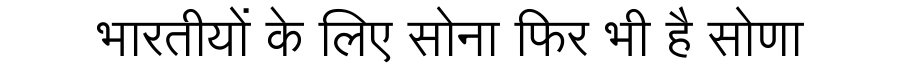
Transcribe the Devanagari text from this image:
भारतीयों के लिए सोना फिर भी है सोणा